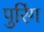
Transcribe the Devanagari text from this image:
पुरिंग